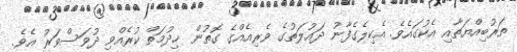
ތަރުބިއްޔަތާއި އެކުގައެވެ. އެކިލެގެފާނު ދައުލަތުގެ ވެރިއެއްގެ ގޮތުން ޚިދުމަތް ކުރެއްވި ދުވަސްވަރު އެވެ.